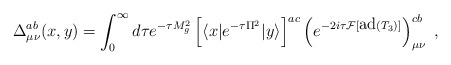
\begin{align*}\Delta^{ab}_{\mu\nu}(x,y)=\int_{0}^{\infty } d{\tau} e^{- \tau M_g^2}\left[\langle x |e^{-\tau\Pi^2}|y\rangle\right]^{ac}\left(e^{-2i\tau {\cal F}[\mbox{ad}(T_3)]}\right)_{\mu\nu}^{cb} \ ,\end{align*}